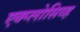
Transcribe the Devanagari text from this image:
एक्प्लोसिव्ह